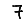
Digit: 7